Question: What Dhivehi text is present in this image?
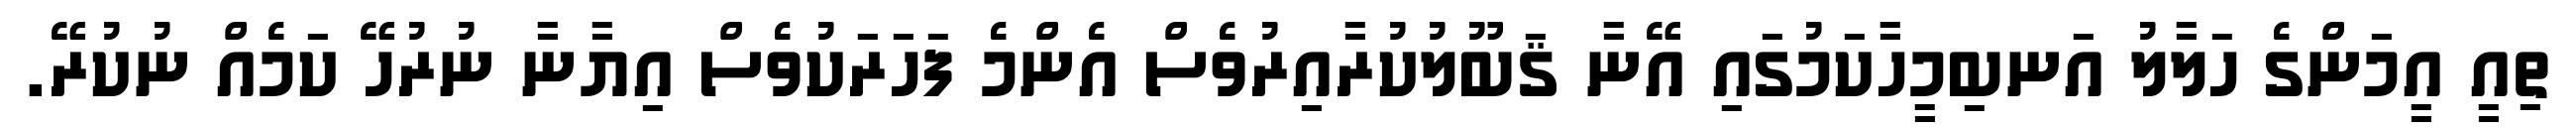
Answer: ތިއީ އީމަންގެ ހަލާލު އަނބިމީހާކަމުގައި އޭނާ ޤަބޫލުކުރާއިރުވެސް އެންމެ ފަހަރަކުވެސް އިޔާނާ ނުރުހޭ ކަމެއް ނުކުރޭ.